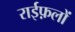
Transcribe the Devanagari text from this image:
राईफ़लों